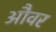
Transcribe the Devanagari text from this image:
औवर